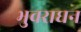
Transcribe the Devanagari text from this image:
भुवराघन